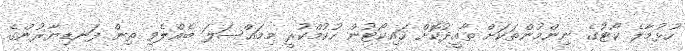
ހުޅުމާލެ ކޯޓުގެ ނިންމުންތަކަށް ތާއީދުކޮށް ހައިކޯޓުން ހުކުމްކުރީ މިމައްސަލަ ބެއްލެވި ތިން ފަނޑިޔާރުންގެ